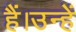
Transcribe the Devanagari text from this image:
हैं।उन्हें